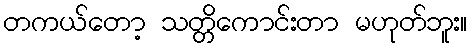
တကယ်တော့ သတ္တိကောင်းတာ မဟုတ်ဘူး။